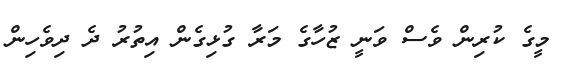
މީގެ ކުރިން ވެސް ވަނީ ޒުހާގެ މަރާ ގުޅިގެން އިތުރު ދެ ދިވެހިން